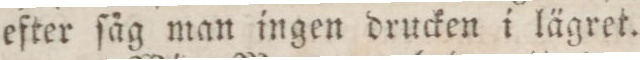
efter ſåg man ingen drucken i lägret.